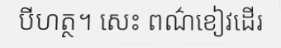
បីហត្ថ។ សេះ ពណ៌ខៀវដើរ